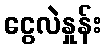
ငွေလဲနှုန်း